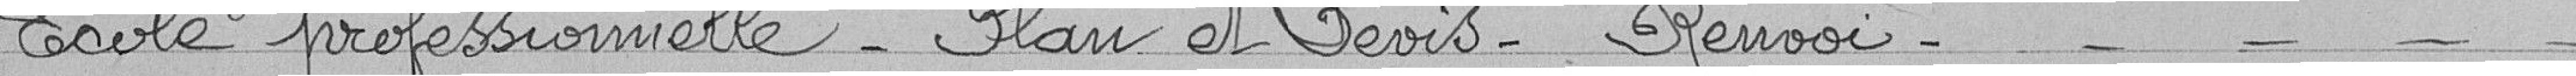
Ecole professionnelle - Plan et Devis - Renvoi - - - - -